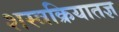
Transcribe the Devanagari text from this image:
शस्त्रक्रियातज्ञ